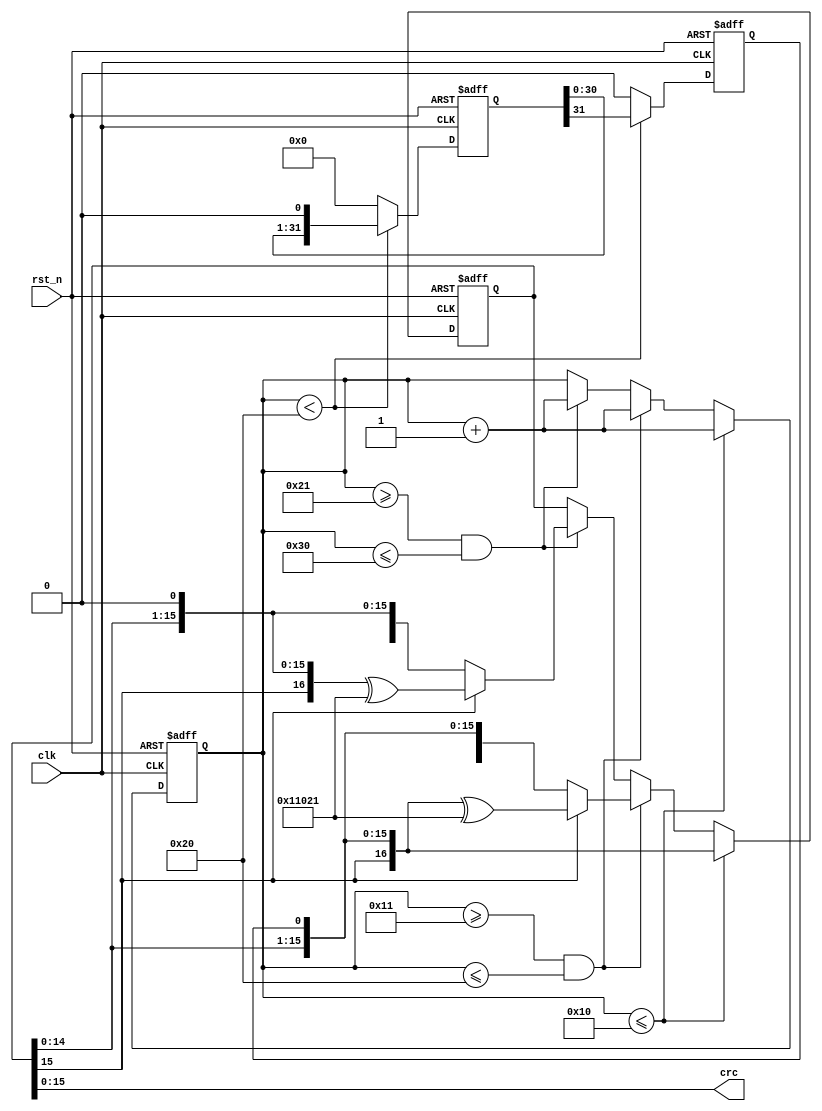
module CRC_16_serial(
   input clk,
   input rst_n,
   output [15:0] crc
    );
    
    reg [31:0]data_parallel;
    reg data_serial;
    reg [5:0]cnt;
    
    reg [16:0]tmpcrc;
    
    parameter source_data=32'h96E32077;
    parameter polynomial=17'b1_0001_0000_0010_0001;
 
   assign crc=tmpcrc[15:0];
    
always @ (posedge clk or negedge rst_n)
begin
    if(!rst_n)
    begin
        data_parallel<=source_data;
        data_serial<=0;
    end
    else if(cnt<32)
    begin
        data_serial<=data_parallel[31];
        data_parallel<=data_parallel<<1;    
    end
    else
    begin
        data_serial<=0;
        data_parallel<=0;
    end
end
 
always @ (posedge clk or negedge rst_n)
begin
    if(!rst_n)
    begin
       tmpcrc<=0;
       cnt<=0;  
    end
    else 
    begin
        
        if(cnt<=16) //17bit then xor
        begin
            cnt<=cnt+1;
            tmpcrc<={tmpcrc[15:0],data_serial};
        end
        else if((cnt>=17)&&(cnt<=32))
        begin
            cnt<=cnt+1;
            if(tmpcrc[15]) // if =1 XOR polynomial
                tmpcrc<={tmpcrc[15:0],data_serial}^polynomial;
            else           // if =0 XOR 0
                tmpcrc<={tmpcrc[15:0],data_serial};
        end
        else if((cnt>=33)&&(cnt<=48)) //add 0 at tail
        begin 
           cnt<=cnt+1; 
           if(tmpcrc[15])
                tmpcrc<={tmpcrc[15:0],1'b0}^polynomial; 
           else
                tmpcrc<={tmpcrc[15:0],1'b0};
        end
        else 
        begin
           cnt<=cnt;
           tmpcrc<=tmpcrc; 
        end           
    end
end   
   
endmodule